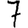
Digit: 7